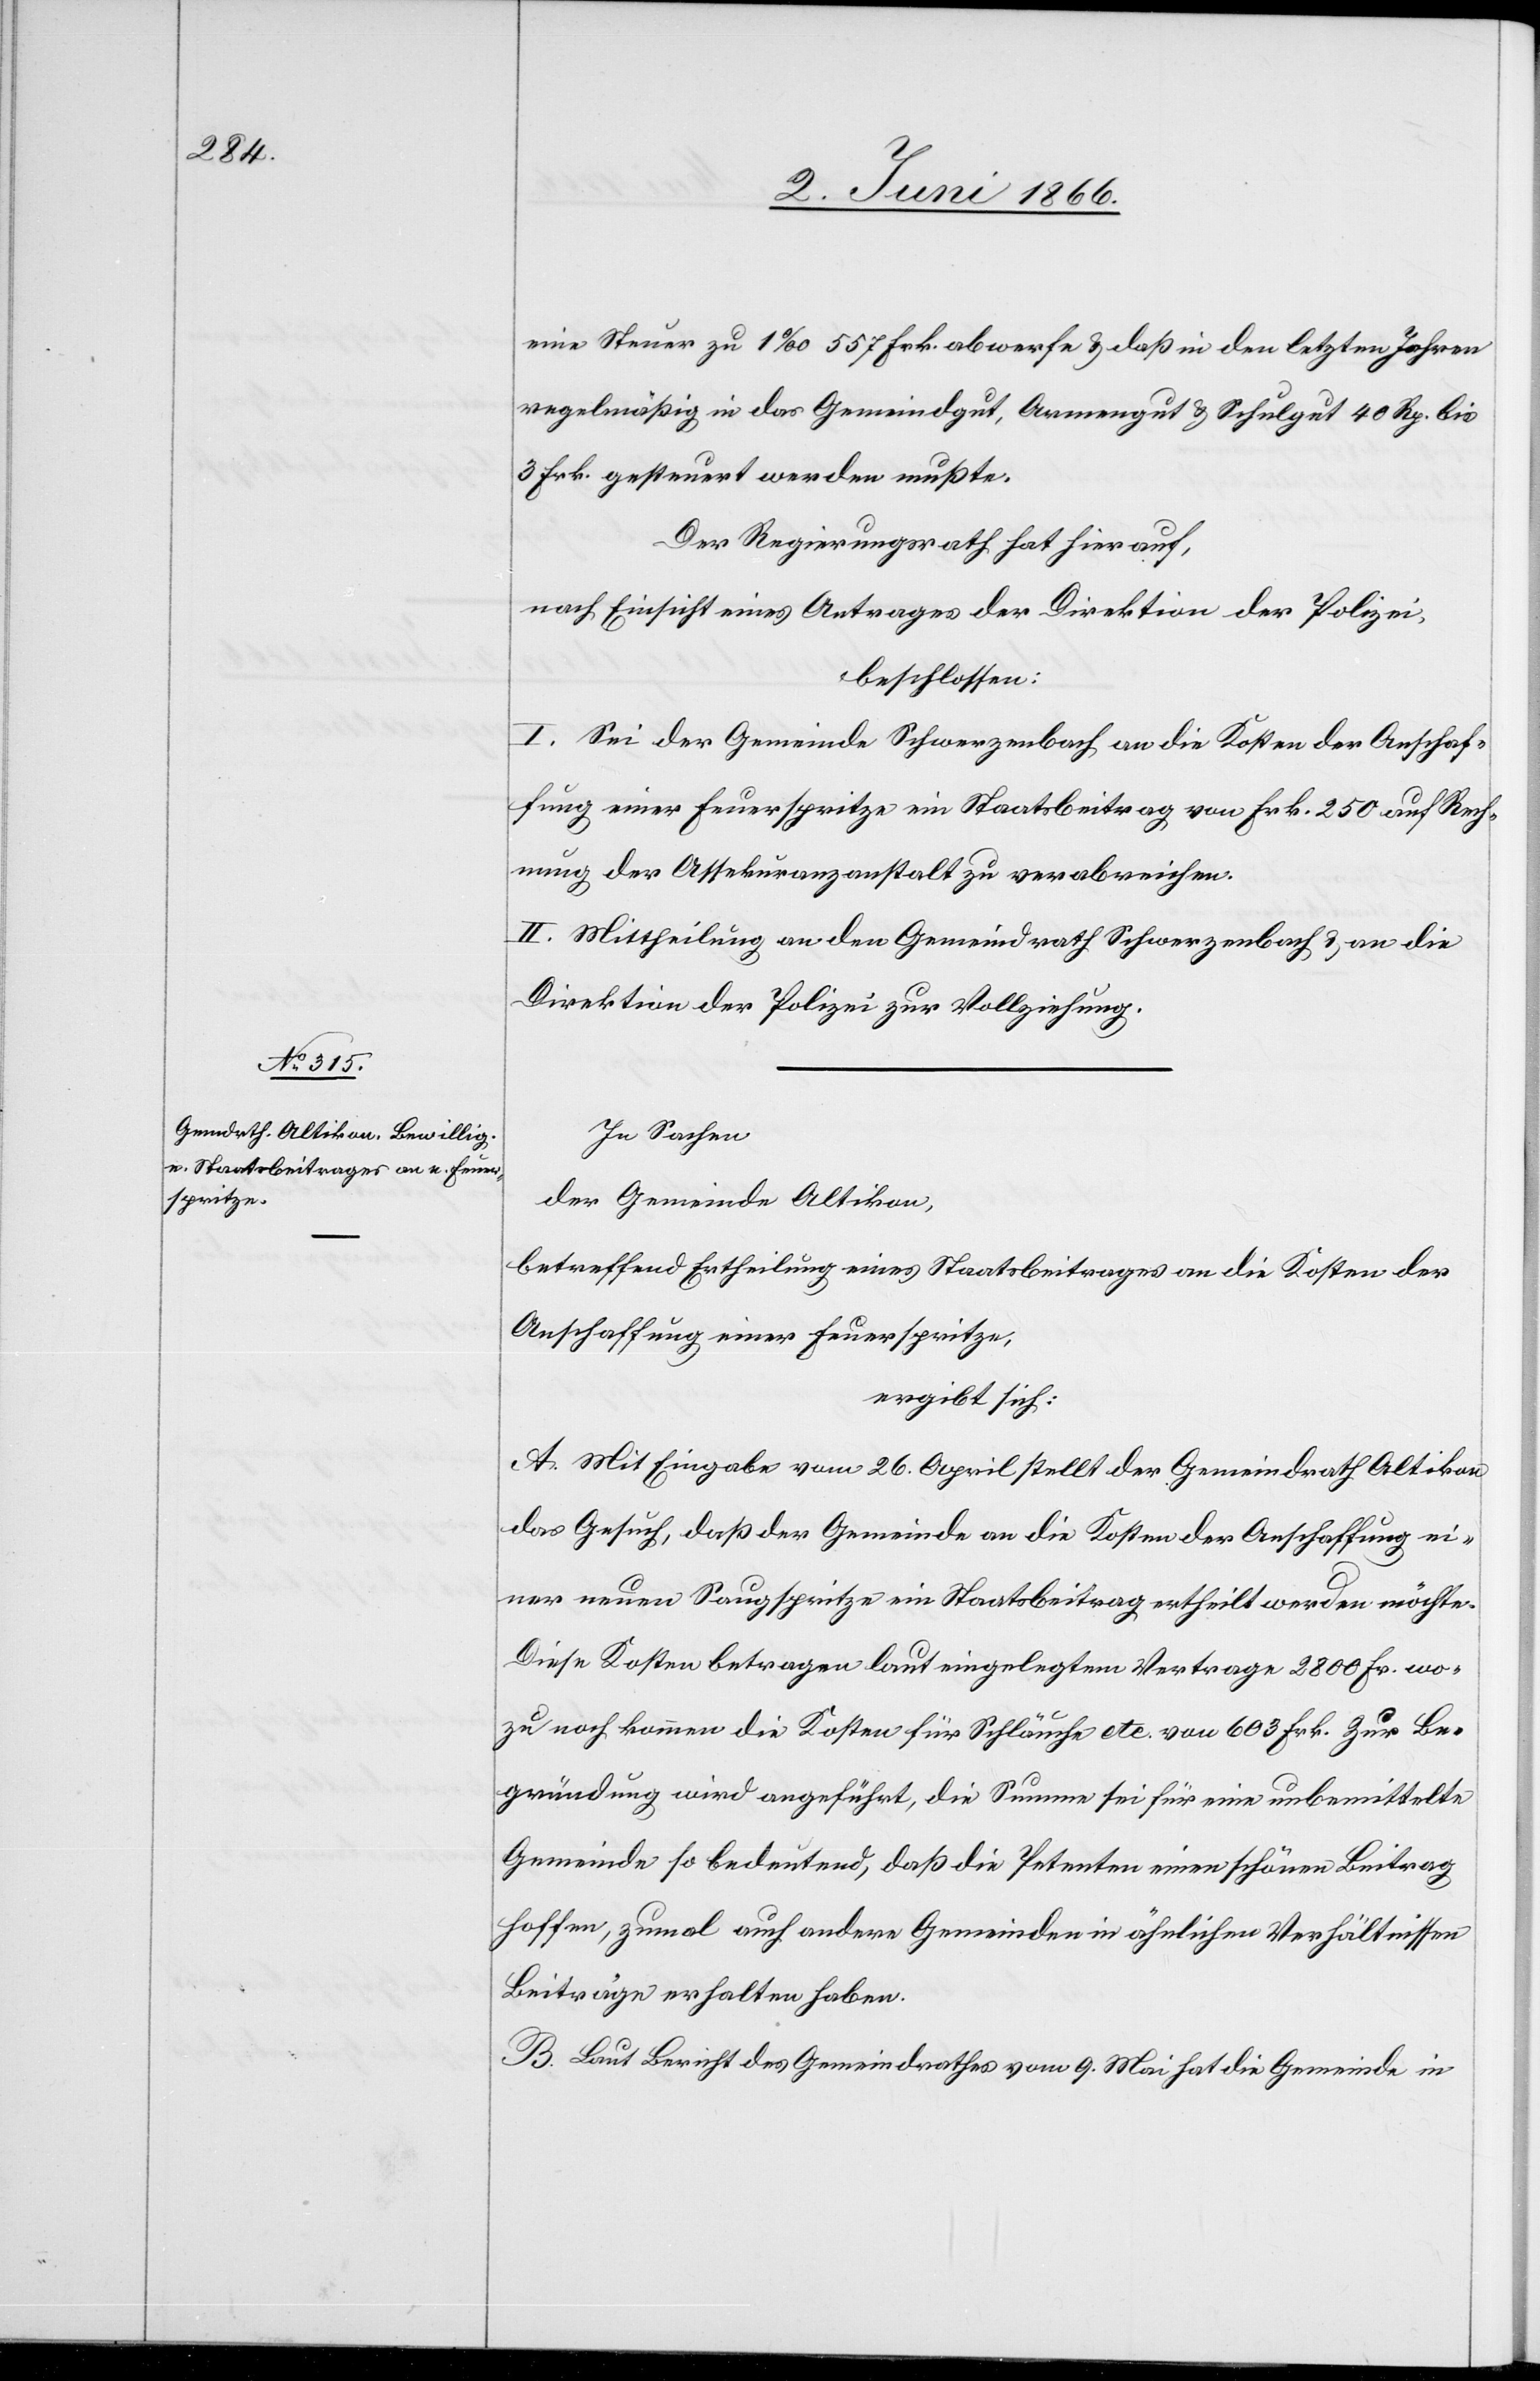
eine Steuer zu 1 ‰ 557 Frk. abwerfe u. daß in den letzten Jahren
regelmäßig in das Gemeindgut, Armengut u. Schulgut 40 Rp. bis
3 Frk. gesteuert werden mußte.
Der Regierungsrath hat hierauf,
nach Einsicht eines Antrages der Direktion der Polizei,
beschlossen:
I. Sei der Gemeinde Schwerzenbach an die Kosten der Anschaf¬
fung einer Feuerspritze ein Staatsbeitrag von Frk. 250 auf Rech¬
nung der Assekuranzanstalt zu verabreichen.
II. Mittheilung an den Gemeindrath Schwerzenbach u. an die
Direktion der Polizei zur Vollziehung.
In Sachen
der Gemeinde Altikon,
betreffend Ertheilung eines Staatsbeitrages an die Kosten der
Anschaffung einer Feuerspritze,
ergibt sich:
A. Mit Eingabe vom 26. April stellt der Gemeindrath Altikon
das Gesuch, daß der Gemeinde an die Kosten der Anschaffung ei¬
ner neuen Saugspritze ein Staatsbeitrag ertheilt werden möchte.
Diese Kosten betragen laut eingelegtem Vertrage 2800 Fr. wo¬
zu noch kommen die Kosten für Schläuche etc. von 603 Frk. Zur Be¬
gründung wird angeführt, die Summe sei für eine unbemittelte
Gemeinde so bedeutend, daß die Petenten einen schönen Beitrag
hoffen, zumal auch andere Gemeinden in ähnlichen Verhältnissen
Beiträge erhalten haben.
B. Laut Bericht des Gemeindrathes vom 9. Mai hat die Gemeinde in